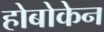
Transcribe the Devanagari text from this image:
होबोकेन